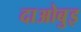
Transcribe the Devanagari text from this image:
दाओबुइ